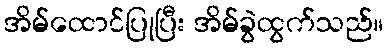
အိမ်ထောင်ပြုပြီး အိမ်ခွဲထွက်သည်။